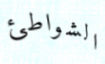
الشواطئ